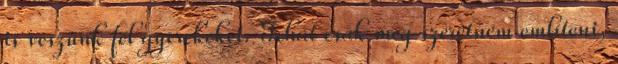
is veszünk fel gyerekeket. Tehát csak meg szeretném említeni,